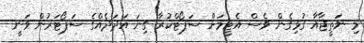
މި ނަތީޖާއާ ގުޅިގެން ވެސް އެޓީމަށް ސަޕޯޓްކުރާ ގިނަ އަދަދެއްގެ ސަޕޯޓަރުން ވަނީ